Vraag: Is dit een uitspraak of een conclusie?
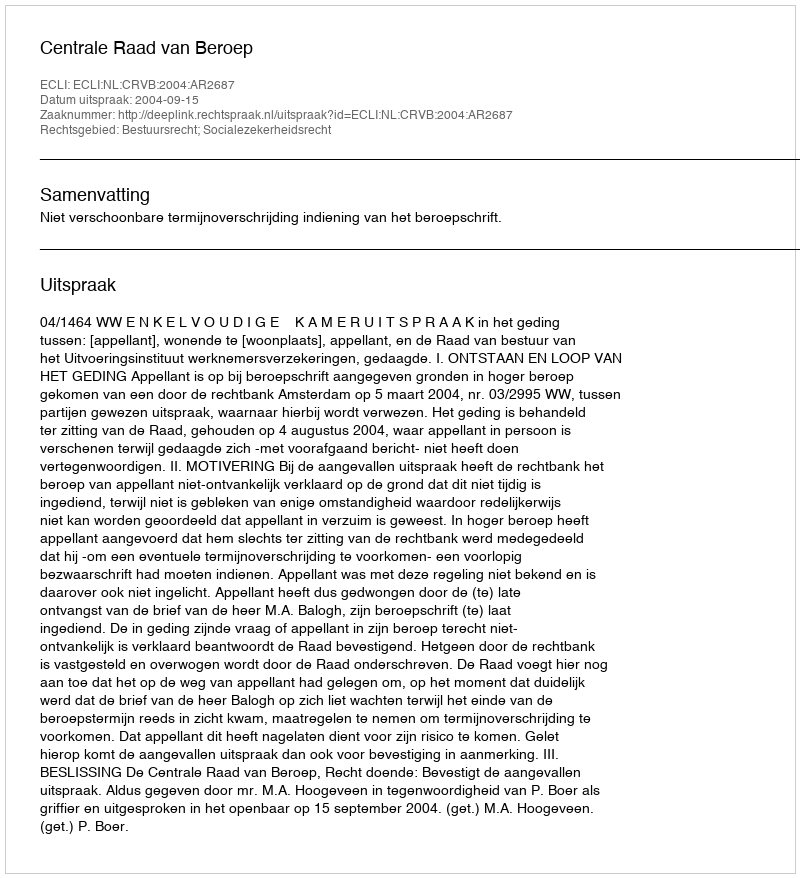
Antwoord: Uitspraak